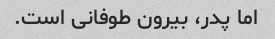
اما پدر، بیرون طوفانی است.